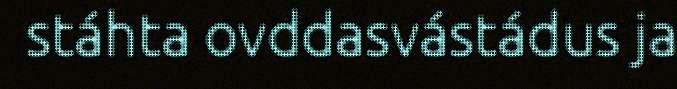
stáhta ovddasvástádus ja